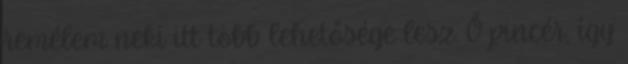
remélem neki itt több lehetősége lesz. Ő pincér, így